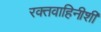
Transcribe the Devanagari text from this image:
रक्तवाहिनीशी